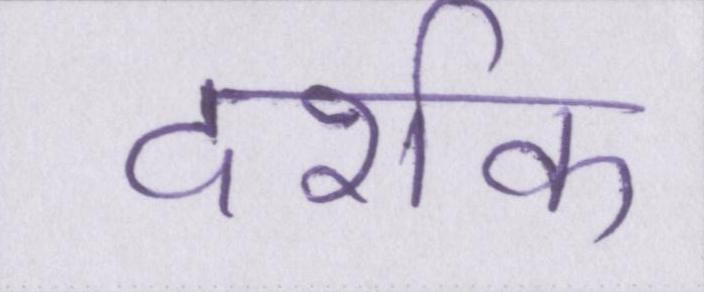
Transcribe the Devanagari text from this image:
दर्शक